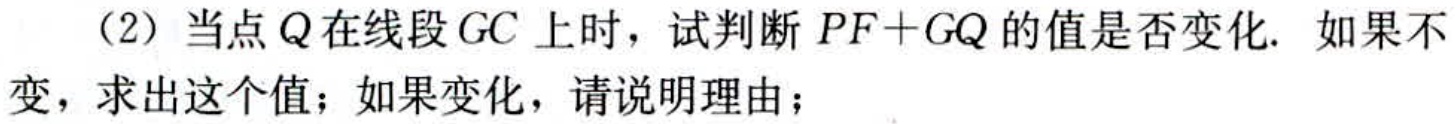
（2）当点\(Q\)在线段\(GC\)上时，试判断\(PF + GQ\)的值是否变化. 如果不变，求出这个值；如果变化，请说明理由；